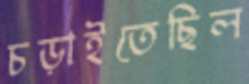
চড়াইতেছিল